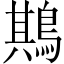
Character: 䳢